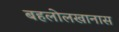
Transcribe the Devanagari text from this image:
बहलोलखानास